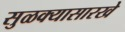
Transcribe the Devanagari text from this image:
सुळक्यासारखे